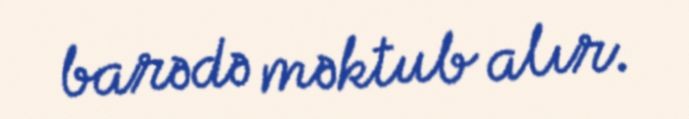
barədə məktub alır.